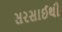
સરસાઈથી